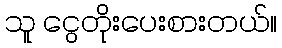
သူ ငွေတိုးပေးစားတယ်။